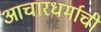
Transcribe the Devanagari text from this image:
आचारधर्माची